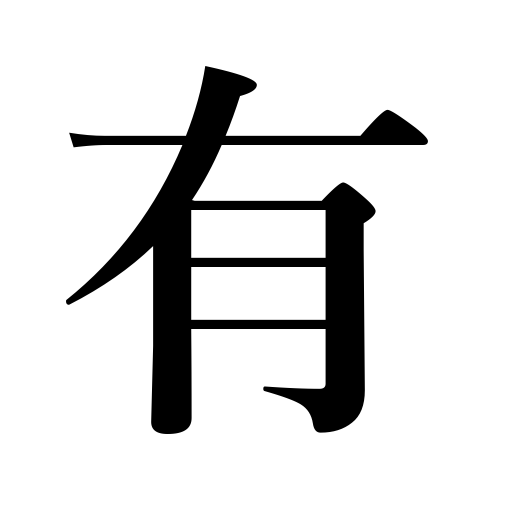
Meanings: consist of,be held,be located,be contained in,it measures,there is,exist,have,existence,being,occur,happen,be found,possession